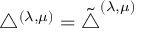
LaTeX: \bigtriangleup ^ { ( \lambda , \mu ) } = \tilde { \bigtriangleup } ^ { ( \lambda , \mu ) }